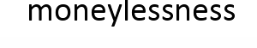
moneylessness